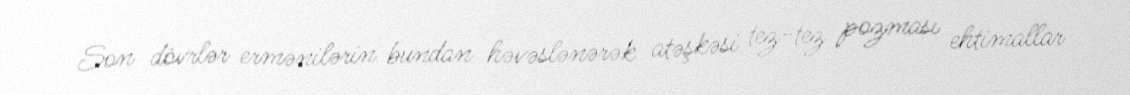
Son dövrlər ermənilərin bundan həvəslənərək atəşkəsi tez-tez pozması ehtimallar